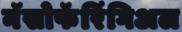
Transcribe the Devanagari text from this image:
नॅसोफॅरिंगिअल